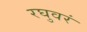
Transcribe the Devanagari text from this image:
रघुवरं